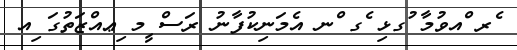
ެރ ްއވުމާ ުގޅި ެގ ްނ އެމަނިކުފާނު ރަސް ީމ ިޢއްޒަތުގަ ިއ